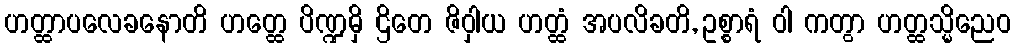
ဟတ္ထာပလေခနောတိ ဟတ္ထေ ပိဏ္ဍမှိ ဌိတေ ဇိဝှါယ ဟတ္ထံ အပလိခတိ, ဥစ္စာရံ ဝါ ကတွာ ဟတ္ထသ္မိညေဝ